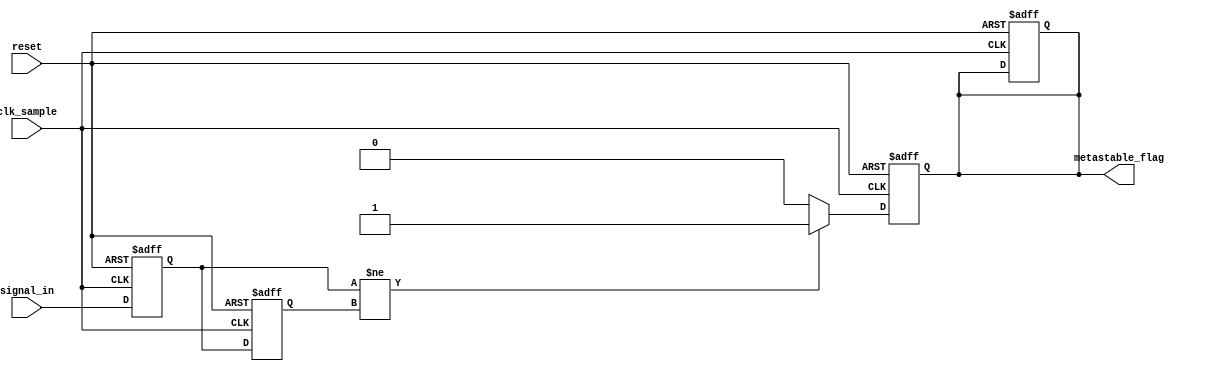
module metastability_detector (
    input wire clk_sample,          // Sampling clock
    input wire signal_in,           // Input signal to monitor for metastability
    input wire reset,               // Reset signal
    output reg metastable_flag      // Output flag indicating metastability
);

    // Internal signals for the flip-flops
    reg signal_reg1;                // First stage flip-flop output
    reg signal_reg2;                // Second stage flip-flop output

    // Flip-flop logic
    always @(posedge clk_sample or posedge reset) begin
        if (reset) begin
            signal_reg1 <= 1'b0;     // Reset first flip-flop
            signal_reg2 <= 1'b0;     // Reset second flip-flop
            metastable_flag <= 1'b0;  // Clear metastable flag
        end else begin
            signal_reg1 <= signal_in; // Sample input signal
            signal_reg2 <= signal_reg1; // Sample output of first flip-flop
        end
    end

    // Metastability detection logic
    always @(posedge clk_sample or posedge reset) begin
        if (reset) begin
            metastable_flag <= 1'b0;  // Clear metastable flag on reset
        end else begin
            // Check for metastability condition
            if (signal_reg1 != signal_reg2) begin
                metastable_flag <= 1'b1; // Set flag if outputs differ
            end else begin
                metastable_flag <= 1'b0; // Clear flag if outputs are the same
            end
        end
    end

endmodule